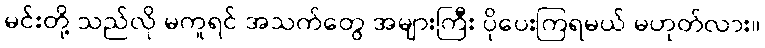
မင်းတို့ သည်လို မကူရင် အသက်တွေ အများကြီး ပိုပေးကြရမယ် မဟုတ်လား။